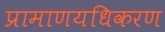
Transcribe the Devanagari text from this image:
प्रामाणयधिकरण